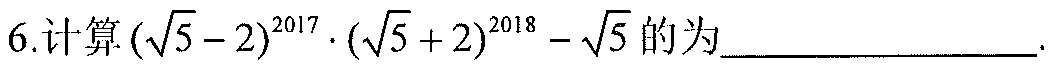
6.计算\((\sqrt{5} - 2)^{2017} \cdot (\sqrt{5} + 2)^{2018} - \sqrt{5}\)的为____________________.